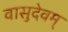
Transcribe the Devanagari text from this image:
वासुदेवम्